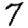
Digit: 7